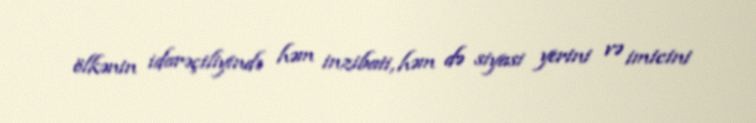
ölkənin idarəçiliyində həm inzibati, həm də siyasi yerini və imicini